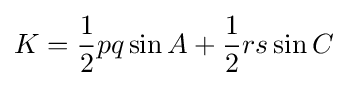
K={\frac {1}{2}}pq\sin A+{\frac {1}{2}}rs\sin C